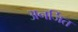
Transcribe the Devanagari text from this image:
अनर्जित